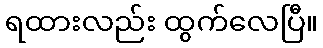
ရထားလည်း ထွက်လေပြီ။